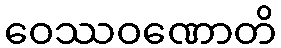
ဝေဿဝဏောတိ